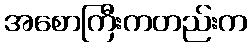
အစောကြီးကတည်းက